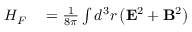
\begin{array} { r l } { H _ { F } } & { { } = { \frac { 1 } { 8 \pi } } \int d ^ { 3 } r \left( \mathbf { E } ^ { 2 } + \mathbf { B } ^ { 2 } \right) } \end{array}